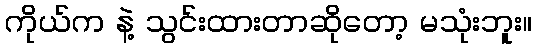
ကိုယ်က နဲ့ သွင်းထားတာဆိုတော့ မသုံးဘူး။